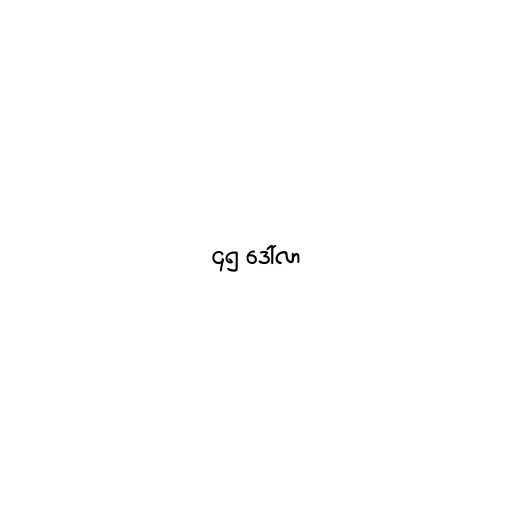
၄၅ ဒေါ်လာ